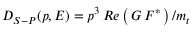
{ \cal D } _ { S - P } ( p , E ) = p ^ { 3 } \, { \cal R } e \left( \, G \, F ^ { * } \, \right) / m _ { t }